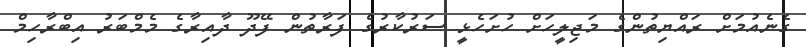
ގެނެއުމަށް ރައްޔިތުންގެ މަޖިލީހަށް ހުށަހެޅީ ސަރުކާރުގެ ފަރާތުން ފޭދޫ ދާއިރާގެ މެމްބަރު އިބްރާހިމް